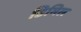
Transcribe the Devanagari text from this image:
डिमिल